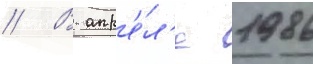
// В апр'е́л'е 1986